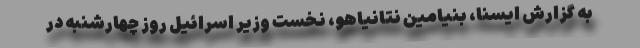
به گزارش ایسنا، بنیامین نتانیاهو، نخست وزیر اسرائیل روز چهارشنبه در